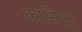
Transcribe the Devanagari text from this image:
कासिपुर